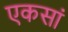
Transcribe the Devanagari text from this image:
एकसां